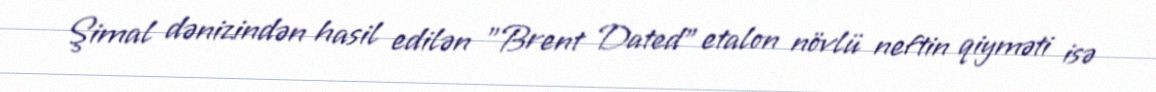
Şimal dənizindən hasil edilən "Brent Dated" etalon növlü neftin qiyməti isə